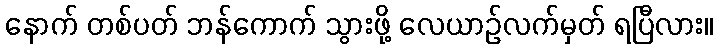
နောက် တစ်ပတ် ဘန်ကောက် သွားဖို့ လေယာဉ်လက်မှတ် ရပြီလား။